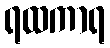
ရထကာရ